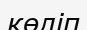
көліп